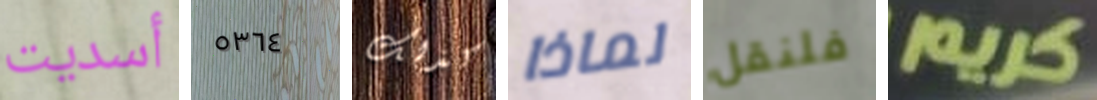
أسديت ٥٣٦٤ كذلك لماذا فلنقل كريم